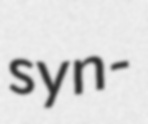
syn-